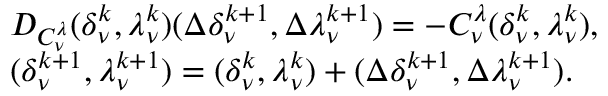
\begin{array} { r l } & { { \cal D } _ { { \cal C } _ { \nu } ^ { \lambda } } ( \delta _ { \nu } ^ { k } , \lambda _ { \nu } ^ { k } ) ( \Delta \delta _ { \nu } ^ { k + 1 } , \Delta \lambda _ { \nu } ^ { k + 1 } ) = - { \cal C } _ { \nu } ^ { \lambda } ( \delta _ { \nu } ^ { k } , \lambda _ { \nu } ^ { k } ) , } \\ & { ( \delta _ { \nu } ^ { k + 1 } , \lambda _ { \nu } ^ { k + 1 } ) = ( \delta _ { \nu } ^ { k } , \lambda _ { \nu } ^ { k } ) + ( \Delta \delta _ { \nu } ^ { k + 1 } , \Delta \lambda _ { \nu } ^ { k + 1 } ) . } \end{array}